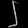
Digit: ၂